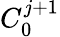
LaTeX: C_{0}^{j+1}